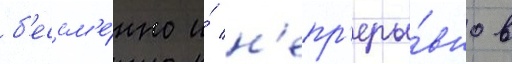
б'ессм'е́нно и́ н'епр'еры́вно в